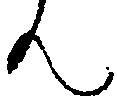
ん